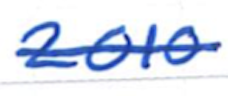
Text: 2010
Cross-out: single-line
Writing tool: ballpoint